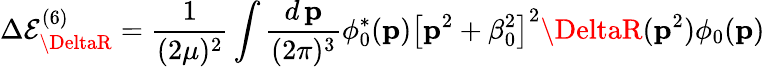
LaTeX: \Delta\mathcal{E}_{\DeltaR}^{(6)}=\frac{1}{{(2\mu)^{2}}}\int\frac{{d\, {\mathbf{p}}}}{{(2\pi)^{3}}}\phi_{0}^{*}({\mathbf{p}})\left[{\mathbf{p}}^{2}+\beta_{0}^{2}\right]^{2}\DeltaR({\mathbf{p}}^{2})\phi_{0}({\mathbf{p}})